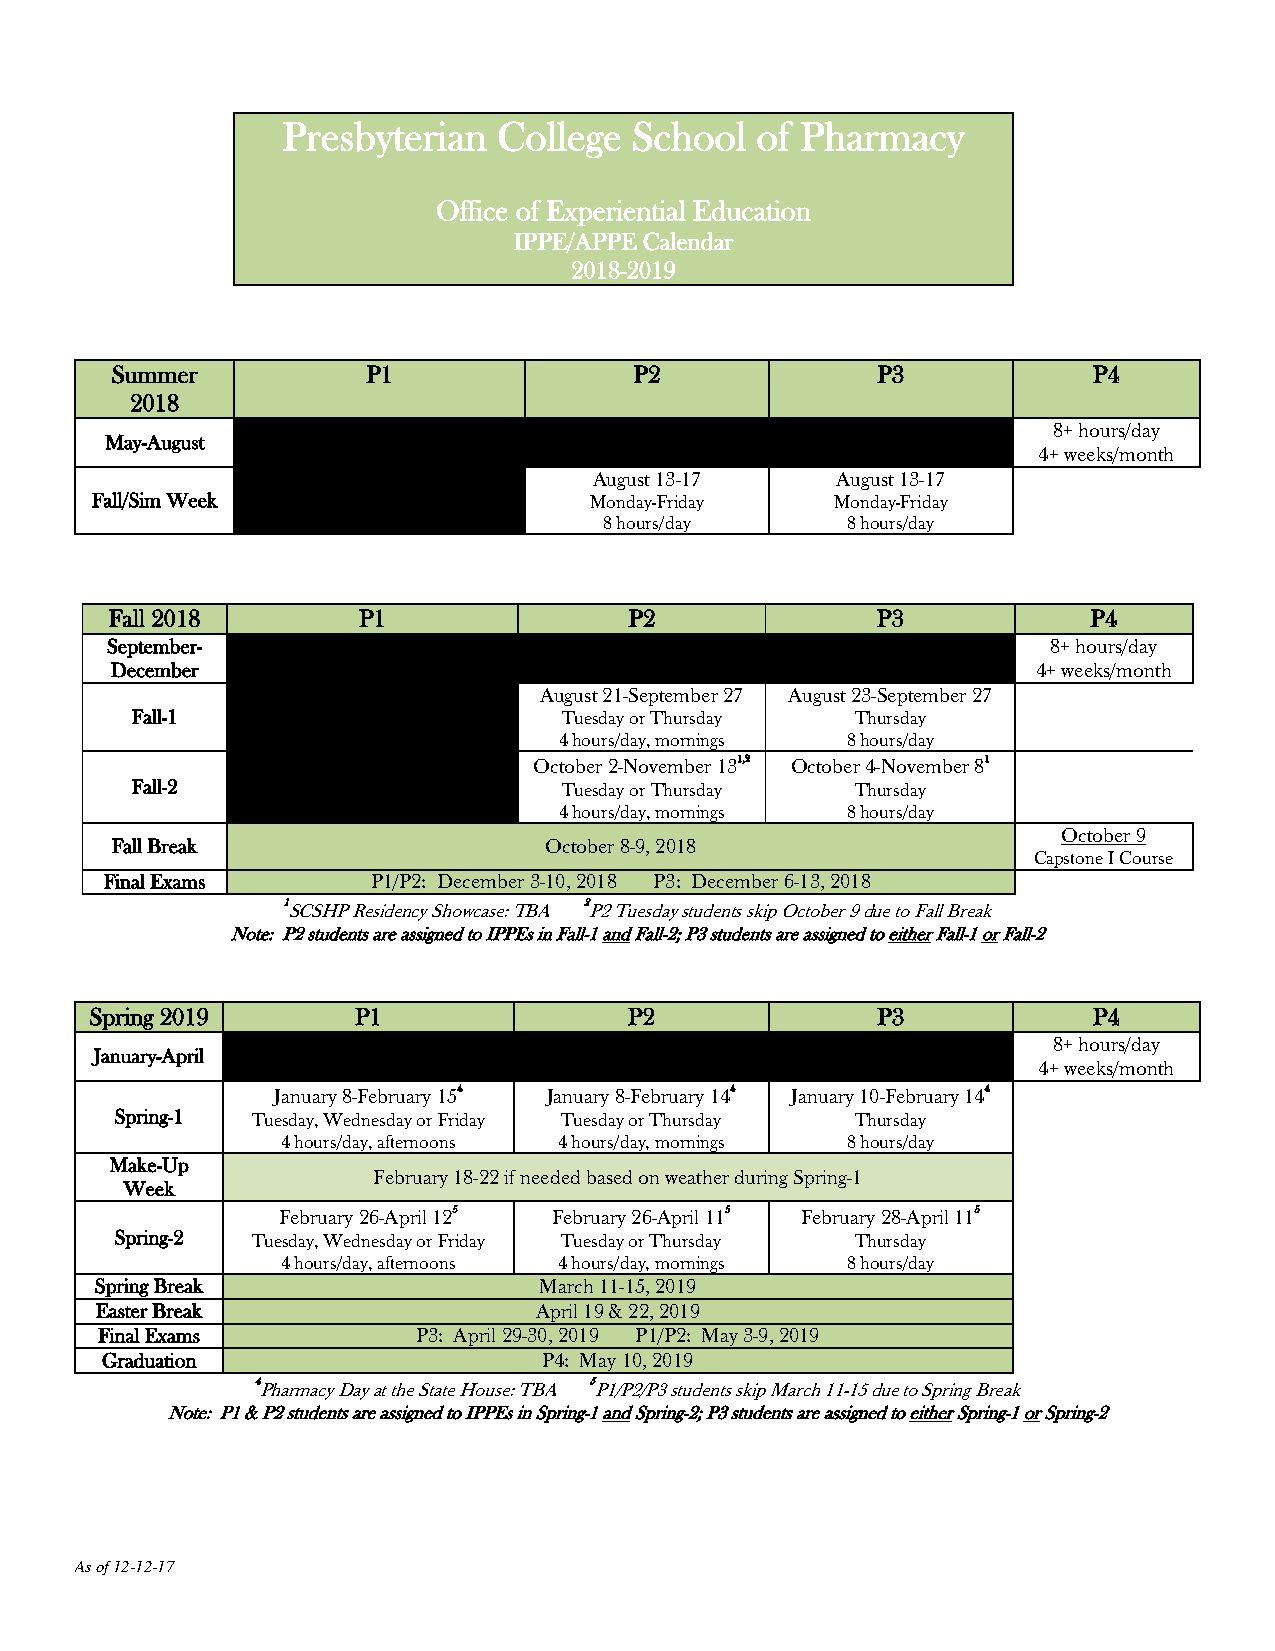
Presbyterian  College  School  of Pharmacy
 Office of Experiential Education
 IPPE/APPE Calendar
 2018-2019
 Summer           P1                P2              P3            P4
 2018
 8+ hours/day
 May-August
 4+ weeks/month
 August 13-17    August 13-17
 Fall/Sim Week                    Monday-Friday   Monday-Friday
 8 hours/day     8 hours/day
 Fall 2018        P1                P2              P3            P4
 September-                                                     8+ hours/day
 December                                                      4+ weeks/month
 August 21-September 27 August 23-September 27
 Fall-1                      Tuesday or Thursday Thursday
 4 hours/day, mornings 8 hours/day
 October 2-November 131,2 October 4-November 81
 Fall-2                      Tuesday or Thursday Thursday
 4 hours/day, mornings 8 hours/day
 October 9
 Fall Break                   October 8-9, 2018
 Capstone I Course
 Final Exams       P1/P2: December 3-10, 2018 P3: December 6-13, 2018
 1SCSHP Residency Showcase: TBA 2P2 Tuesday students skip October 9 due to Fall Break
 Note: P2 students are assigned to IPPEs in Fall-1 and Fall-2; P3 students are assigned to either Fall-1 or Fall-2
 Spring 2019       P1                P2              P3            P4
 8+ hours/day
 January-April
 4+ weeks/month
 January 8-February 154 January 8-February 144 January 10-February 144
 Spring-1 Tuesday, Wednesday or Friday Tuesday or Thursday Thursday
 4 hours/day, afternoons 4 hours/day, mornings 8 hours/day
 Make-Up
 February 18-22 if needed based on weather during Spring-1
 Week
 February 26-April 125 February 26-April 115 February 28-April 115
 Spring-2 Tuesday, Wednesday or Friday Tuesday or Thursday Thursday
 4 hours/day, afternoons 4 hours/day, mornings 8 hours/day
 Spring Break                  March 11-15, 2019
 Easter Break                 April 19 & 22, 2019
 Final Exams          P3: April 29-30, 2019 P1/P2: May 3-9, 2019
 Graduation                   P4: May 10, 2019
 4Pharmacy Day at the State House: TBA 5P1/P2/P3 students skip March 11-15 due to Spring Break
 Note: P1 & P2 students are assigned to IPPEs in Spring-1 and Spring-2; P3 students are assigned to either Spring-1 or Spring-2
 As of 12-12-17